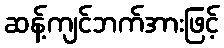
ဆန့်ကျင်ဘက်အားဖြင့်